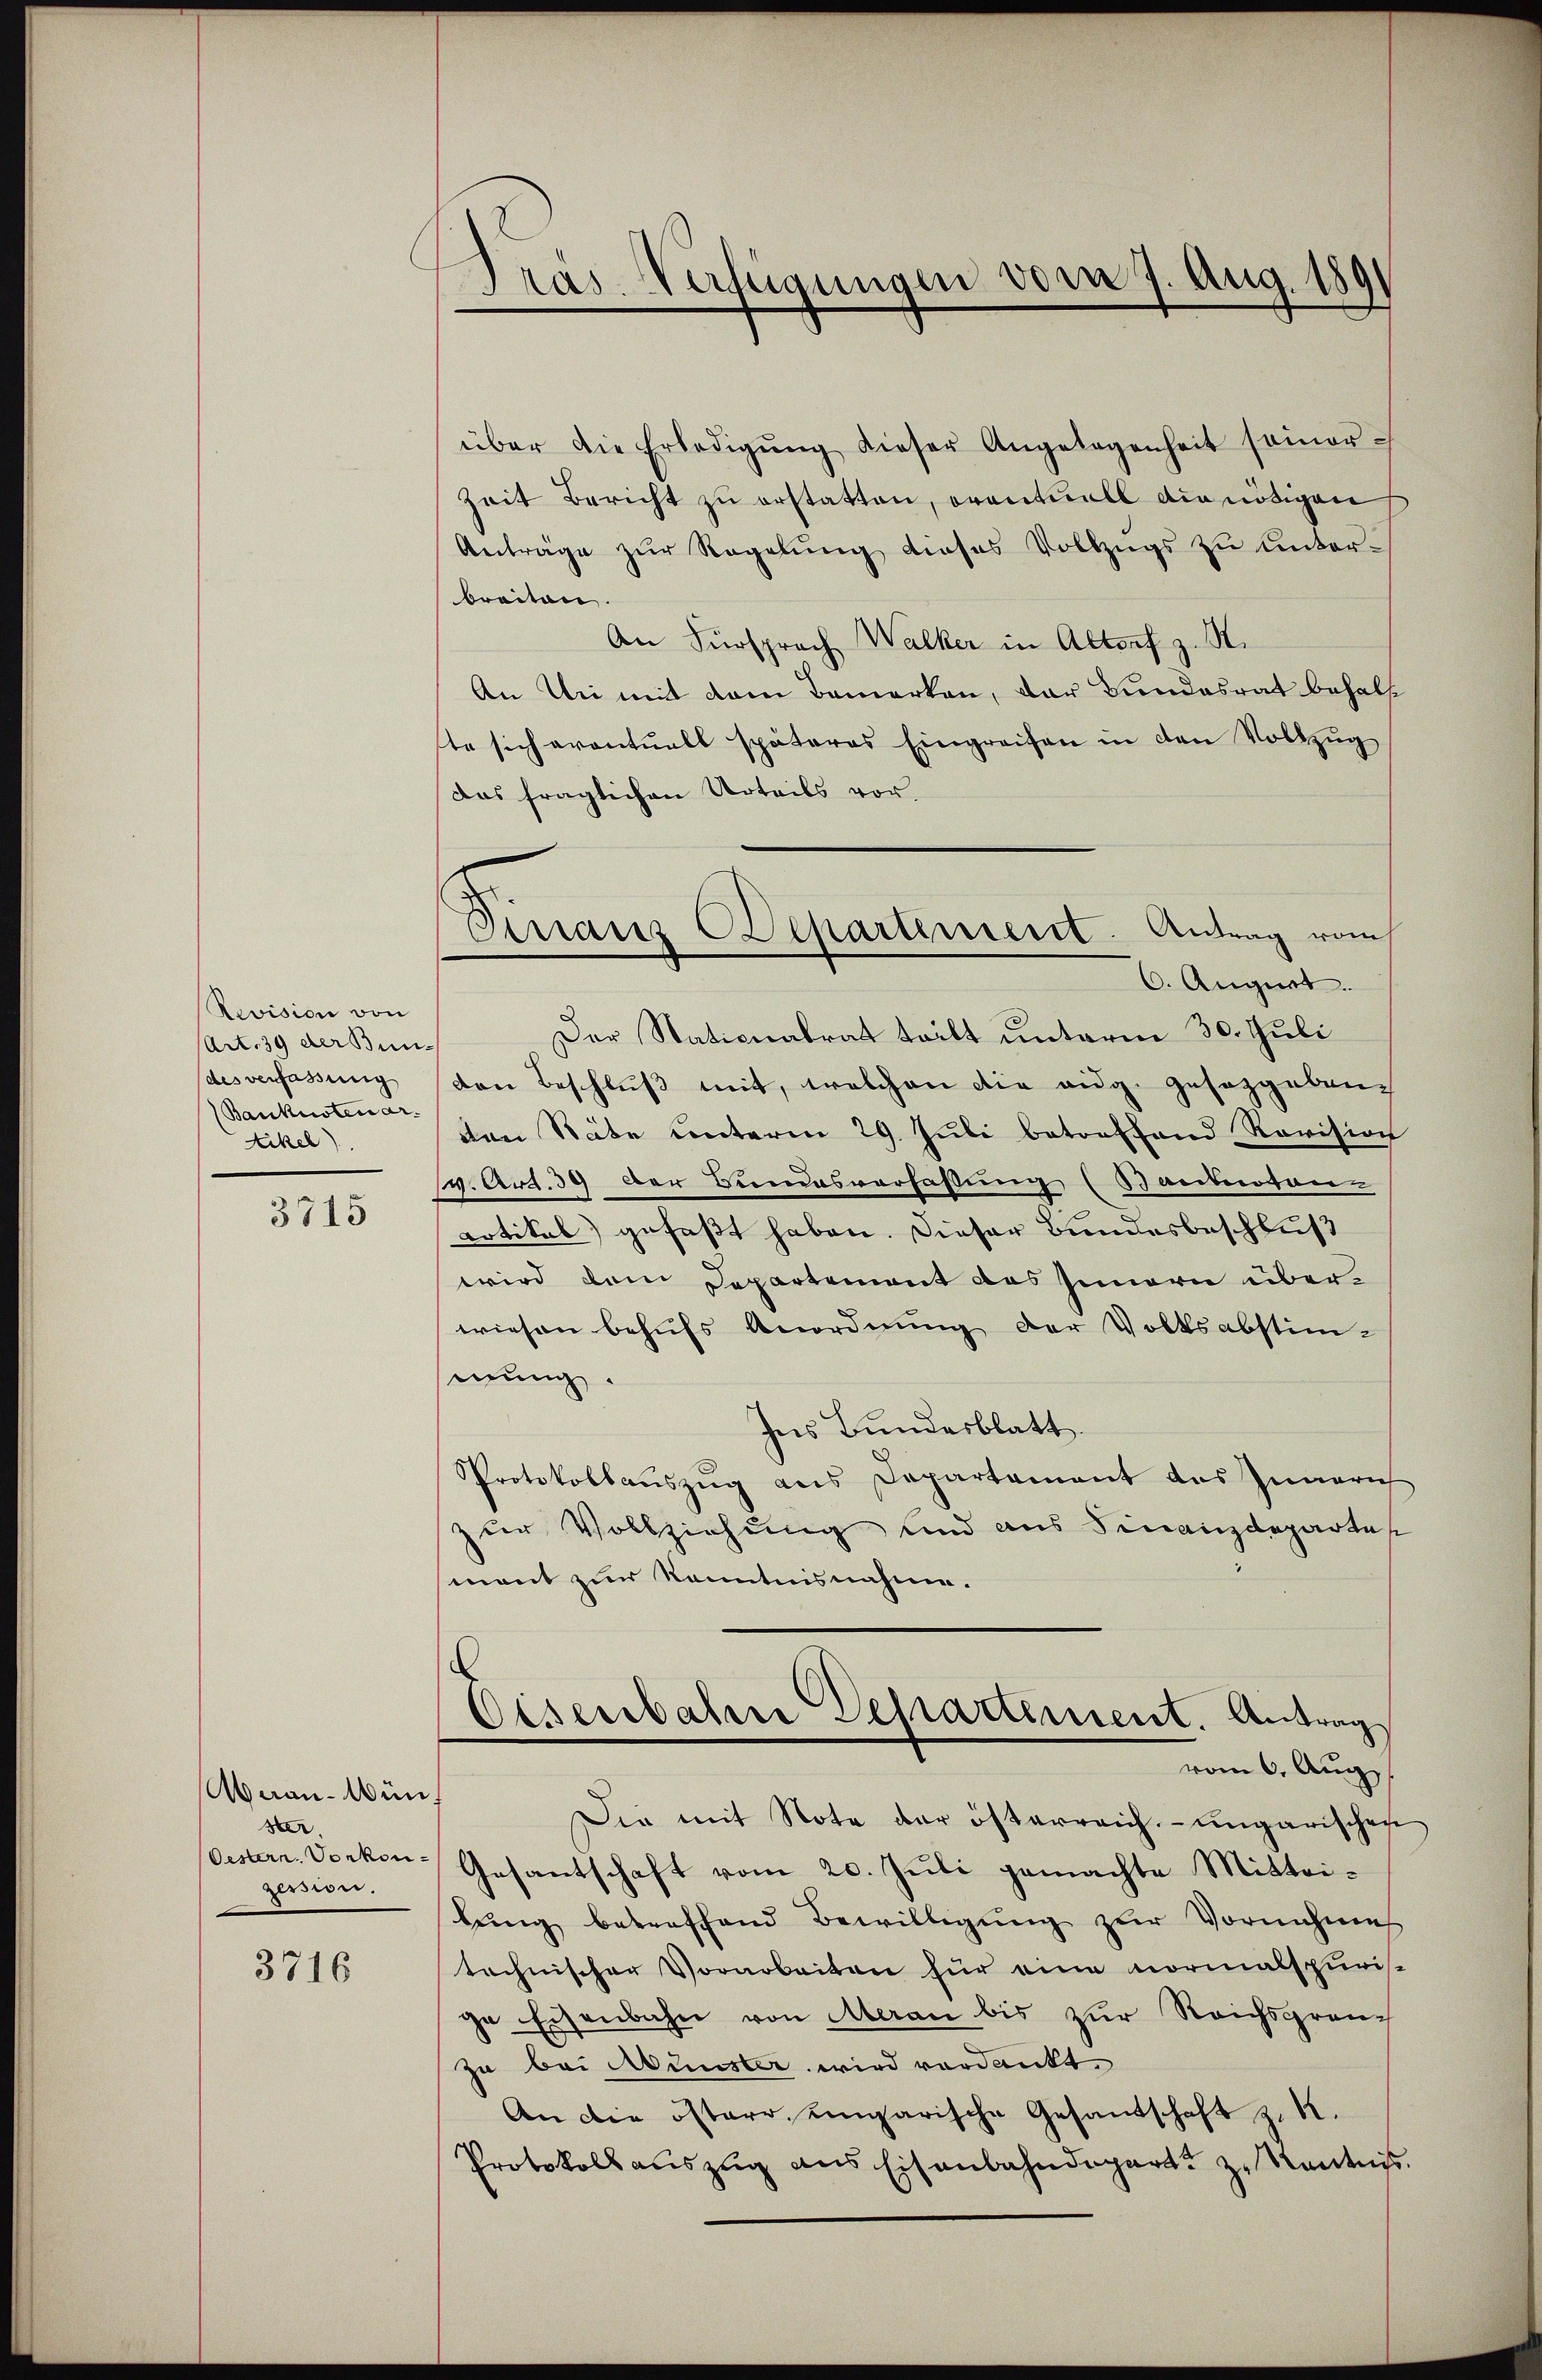
Revision von
(Art. 39 der Bundes verfassung
Banknotenar
tikel)

3715

Abnau-Wünf
ster.
Oestern. Vorkon-
zession.

3716

Pras Verfügungen vom 7. Aug. 1891

Finanz Departement. Antrag vom

über die Erledigŭng dieser Angelegenheit seiner-
Zeit Bericht zŭ erstatten, eventuell die nötigen
Anträge zŭr Regelung dieses Vollzugs zu unterbreiten.
An Fürsprach Walker in Altorf z. S.
An Uri mit dem Bemerken, der Bundesrat behalste sich eventuell späteres Eingreifen in den Vollzug
Das fraglichen Urteils vor
6. August.
Der Nationalrat tritt unterm 30. Juli
den Beschlŭβ mit, welchen die eidg. Gesetzgebendten Stäte unterm 29. Juli betreffend Revision
v. Art. 39 der Bundesverfassung (Baubeson-
Lotikel gefaßt haben. Dieser Bundesbeschluß
wird dem Departement des Innern überwiesen behufs Anordnung der Volksabstim-
inung.
hns Bundesblatt.
Protokollauszug aus Departament des Innern
zur Vollziehung und aus Finanzdepartes
mant zur Kenntnisnahme.
Eisenbahn Departement. Antrag
vom 6. Aug
Die mit Note der österreich- ungarischen
Gesantschaft vom 20. Juli gemachte Mittei-
lung betreffend Bewilligung zur Vornehmig
technischer Vorarbeiten für eine normalspuris-
ge Eisenbahn von Meran bis zur Reichsgrenzu bei Münster wird verdankt.
An die österer eingarische Gesandschaft z. K.
Protokoll auszug aus Eisenbahndepart zu Kenntnis